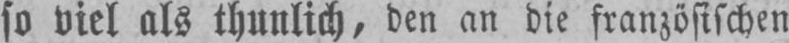
so viel als thunlich, den an die französischen